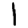
Digit: 1